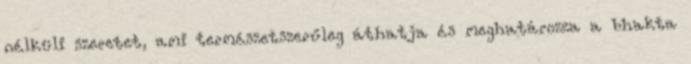
nélküli szeretet, ami természetszerűleg áthatja és meghatározza a bhakta